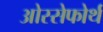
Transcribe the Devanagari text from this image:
ओस्सेफोर्थ